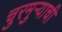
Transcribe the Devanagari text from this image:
चुरमुऱ्याची